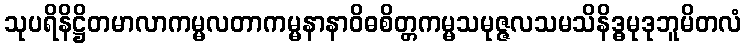
သုပရိနိဋ္ဌိတမာလာကမ္မလတာကမ္မနာနာဝိဓစိတ္တကမ္မသမုဇ္ဇလသမသိနိဒ္ဓမုဒုဘူမိတလံ